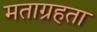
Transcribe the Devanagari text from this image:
मताग्रहता